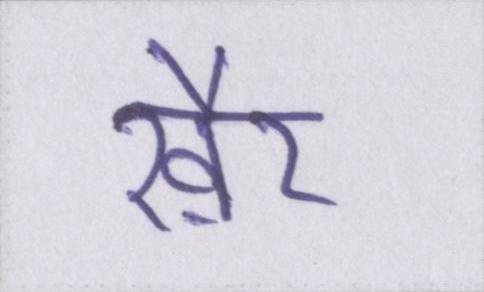
ख़ैर